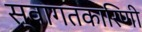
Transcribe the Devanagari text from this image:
स्वागतकारिणी